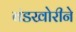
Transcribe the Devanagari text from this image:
बंडखोरीने